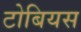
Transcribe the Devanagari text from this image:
टोबियस